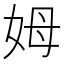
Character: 姆